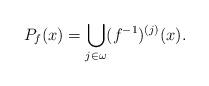
LaTeX: \begin{align*} P_f(x) = \bigcup_{j\in\omega} (f^{-1})^{(j)} (x).\end{align*}